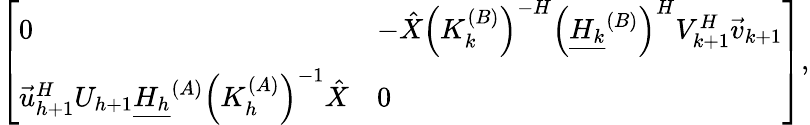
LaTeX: \left[\begin{array}{ll}{0}&{-\hat{X}\left(K_{k}^{(B)}\right)^{-H}\left(\underline{{H_{k}}}^{(B)}\right)^{H}V_{k+1}^{H}\vec{v}_{k+1}}\\ {\vec{u}_{h+1}^{H}U_{h+1}\underline{{H_{h}}}^{(A)}\left(K_{h}^{(A)}\right)^{-1}\hat{X}}&{0}\end{array}\right],